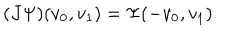
LaTeX: ( J \Psi ) ( v _ { 0 } , v _ { 1 } ) = \Psi ( - v _ { 0 } , v _ { 1 } ) .